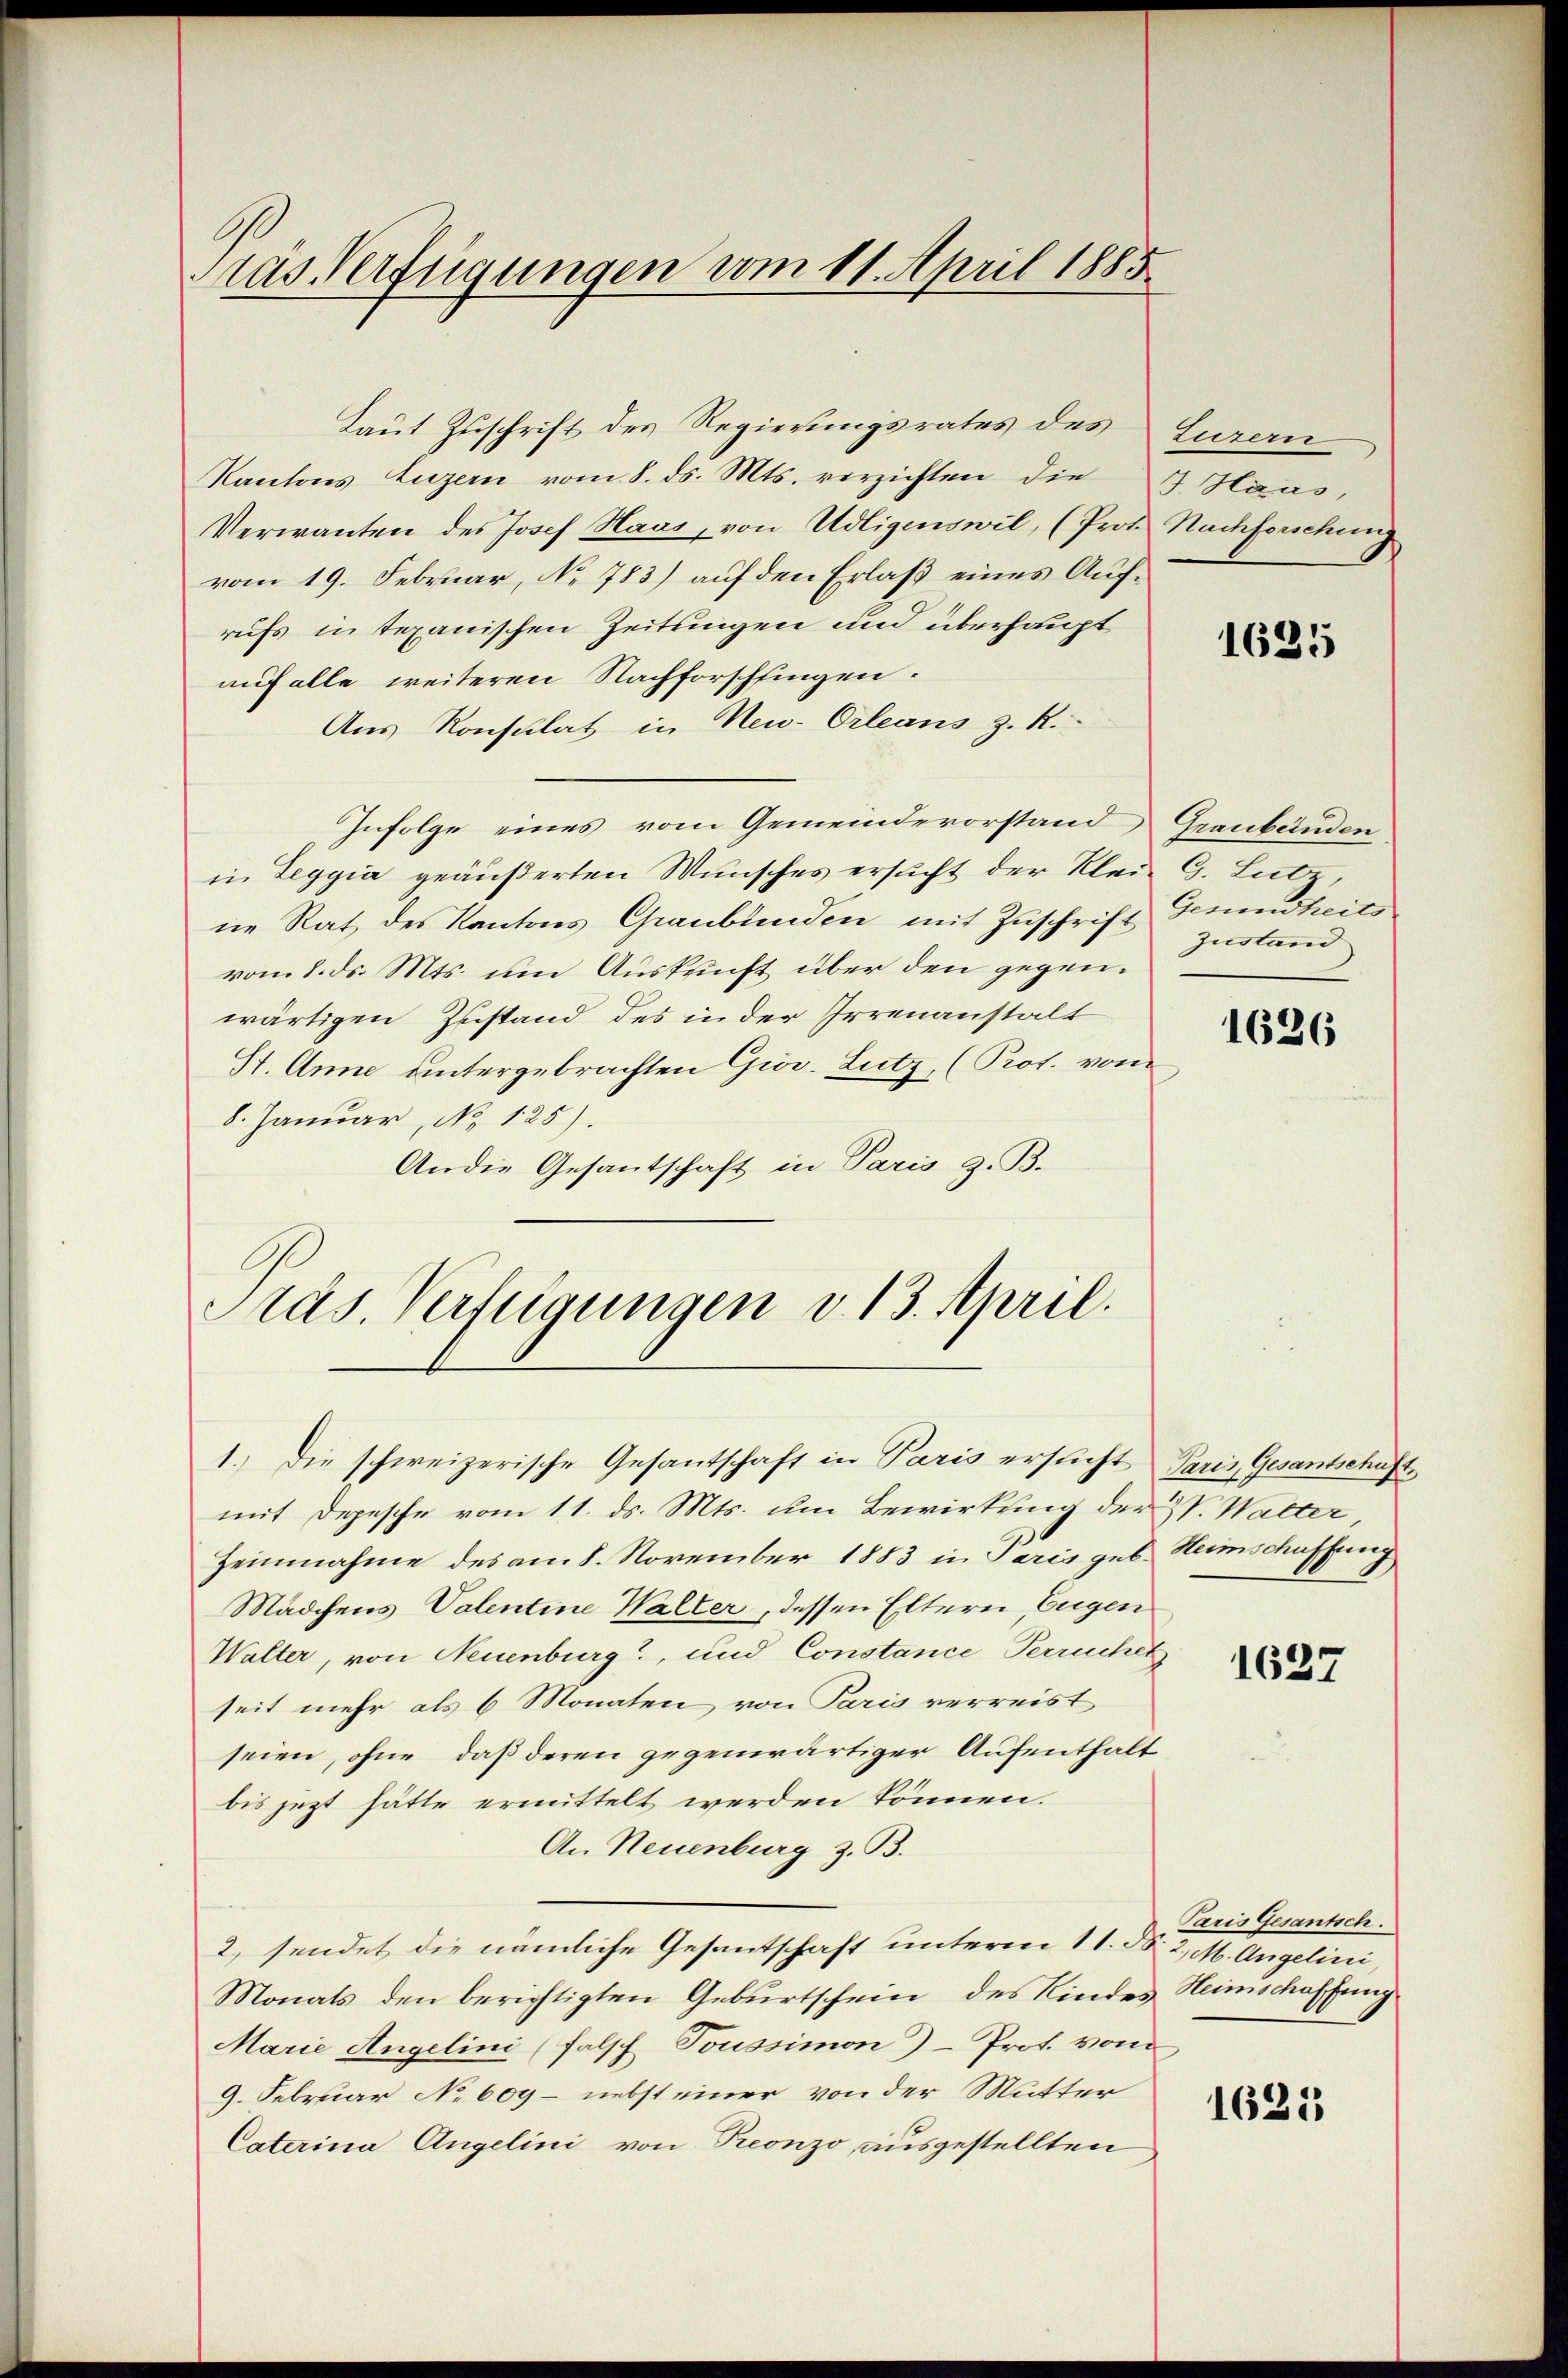
ras Verfügungen vom 11. April 1885

Laut Zuschrift des Regierungsrates des
Kantons Luzern vom 8. ds. Mts. verzichten die 7 Haus,
Verwanten des Josef Haas, von Udligenswil, (Prot. Nachforschung
vom 19. Februar, No 783) auf den Erlaß eines Aufrufs in tepanischen Zeitungen und überhaupt
auf alle weiteren Nachforschfingen.
Aus Konsulat in Neu-Orleans z. R.
Infolge eines vom Gemeindevorstand Graubünden
in Leggia geäußerten Wunsches ersucht der Klein G. Lutz,
ne Rat des Kantons Graubünden mit Zuschrift Genendheits
vom 8. ds. Mts. um Auskunft über den gegenwärtigen Zustand des in der Irrenanstalt
St. Anne untergebrachten Gior. Lutz, (Prot. vom
8. Januar, No 125).
Andie Gesantschaft in Paris z. B.
Präs. Verfügungen v. 13. April.

1.) Die schweizerische Gesantschaft in Paris ersucht Paris Gesantschäft

Luzern

mit Depesche vom 11. ds. Mts. um Bewirkung der IV. Walter
Heinnahme des am 8. November 1883 in Paris gut Heimschaffung
Mädchens Valentine Walter, dessen Eltern, Eugen
Walter, von Neuenburg, und Constance Verruchet
seit mehr als 6 Monaten von Paris verreist
seien, ohne daß deren gegenwärtiger Aufenthalt
bis jezt hätte ermittelt werden können.
An Neuenburg z. B.
2, sendet die nämliche Gesantschaft unterm 11. N. 2, M. Angelini
Monats den berichtigten Geburtschein des Kindes Heimschaffung
Marie Angelini (falsch Toussimon)- Prof. vom
9. Februar No 609 - nebst einer von der Mutter
Caterina Angelini von Preonzo, ausgestellten

1635

Zustand

1626

1627

Paris Gesantsch.

1625